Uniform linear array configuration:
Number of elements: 48
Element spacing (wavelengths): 1
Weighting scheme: hamming
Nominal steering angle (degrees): -15
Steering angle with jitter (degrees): -14.24
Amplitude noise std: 0.05
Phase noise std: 0.05

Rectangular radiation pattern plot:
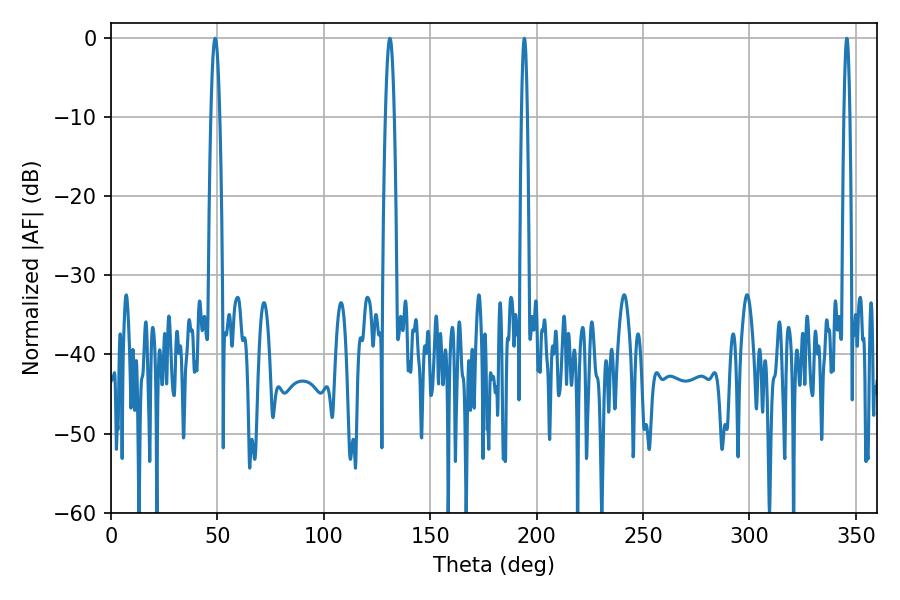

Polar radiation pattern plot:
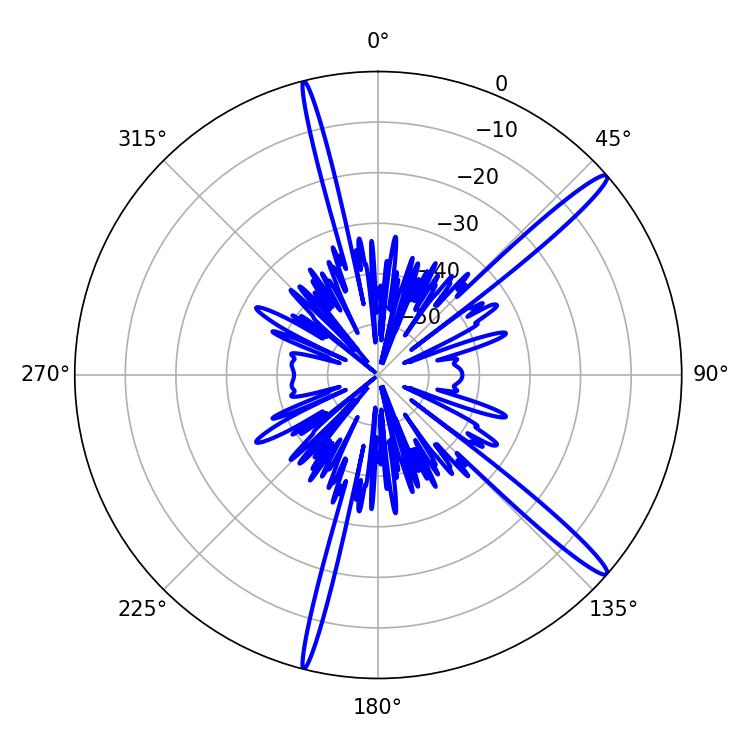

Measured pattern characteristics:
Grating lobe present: TRUE
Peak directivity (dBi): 15.869
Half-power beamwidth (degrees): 2.16
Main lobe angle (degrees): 48.96